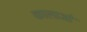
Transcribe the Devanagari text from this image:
कालाओं